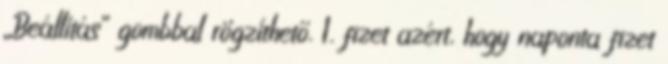
„Beállítás” gombbal rögzíthető. 1. fizet azért, hogy naponta fizet